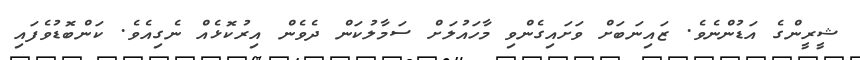
ޝީރީންގެ އަޑުންނެވެ. ޒައިނަބަށް ވަށައިގެންވި މާހައުލަށް ސަމާލުކަން ދެވެން އިރުކޮޅެއް ނެގިއެވެެ. ކަންބޮޑުވެފައި